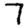
Digit: 7